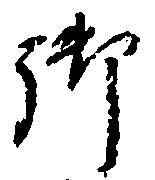
御